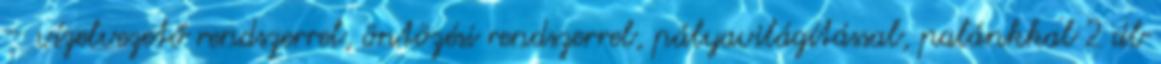
– vízelvezető rendszerrel, öntözési rendszerrel, pályavilágítással, palánkkal 2 db